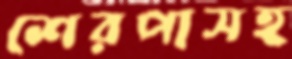
শেরপাসহ